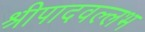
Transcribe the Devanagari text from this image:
श्रीपादवल्लभ